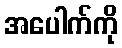
အပေါက်ကို